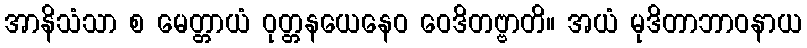
အာနိသံသာ စ မေတ္တာယံ ဝုတ္တနယေနေဝ ဝေဒိတဗ္ဗာတိ။ အယံ မုဒိတာဘာဝနာယ